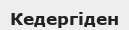
Кедергіден